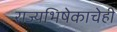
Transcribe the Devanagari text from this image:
राज्यभिषेकाचेही